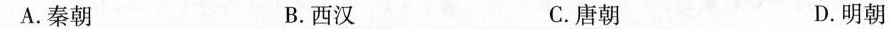
A.秦朝 B.西汉 C.唐朝 D.明朝